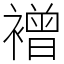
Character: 䙢